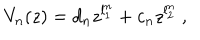
V _ { n } ( z ) = d _ { n } z ^ { l _ { 1 } ^ { n } } + c _ { n } z ^ { l _ { 2 } ^ { n } } ~ ,